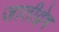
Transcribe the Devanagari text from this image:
जातीद्वेष